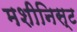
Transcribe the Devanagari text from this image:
मशीनिस्ट